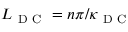
L _ { \mathrm { ~ D ~ C ~ } } = n \pi / \kappa _ { \mathrm { ~ D ~ C ~ } }